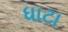
ધાટા